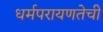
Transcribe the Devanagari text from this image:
धर्मपरायणतेची